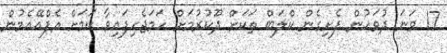
17 ވަނަ ދުވަހުން ފެށިގެން ކްލަބް ތަކަށް ދޫކުރުމަށް ހަމަޖެހިފައިވާ ކަމަށް އެފްއޭއެމުން